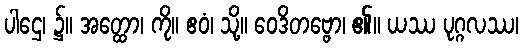
ပါဌေ၊ ၌။ အတ္ထော၊ ကို။ ဧဝံ၊ သို့။ ဝေဒိတဗ္ဗော၊ ၏။ ယဿ ပုဂ္ဂလဿ၊